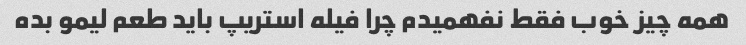
همه چیز خوب فقط نفهمیدم چرا فیله استریپ باید طعم لیمو بده